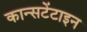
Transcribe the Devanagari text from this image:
कान्सटेंटाइन